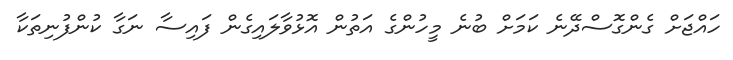
ހައްޖަށް ގެންގޮސްދޭނެ ކަމަށް ބުނެ މީހުންގެ އަތުން އޮޅުވާލައިގެން ފައިސާ ނަގާ ކުންފުނިތަކާ